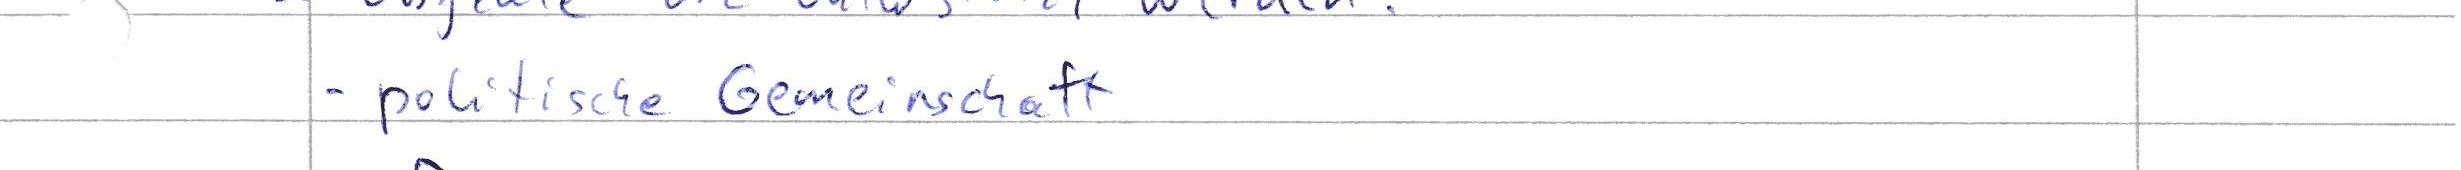
- politische Gemeinschaft